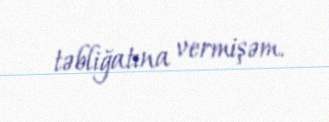
təbliğatına vermişəm.